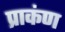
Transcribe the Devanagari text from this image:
प्राकंण